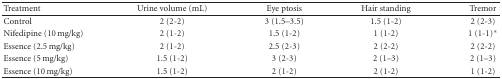
<table><thead><tr><td><b>Treatment</b></td><td><b>Urine volume (mL)</b></td><td><b>Eye ptosis</b></td><td><b>Hair standing</b></td><td><b>Tremor</b></td></tr></thead><tbody><tr><td>Control</td><td>2 (2-2)</td><td>3 (1.5–3.5)</td><td>1.5 (1-2)</td><td>2 (2-3)</td></tr><tr><td>Nifedipine (10 mg/kg)</td><td>2 (1-2)</td><td>1.5 (1-2)</td><td>1 (1-2)</td><td>1 (1-1)<sup>∗</sup></td></tr><tr><td>Essence (2.5 mg/kg)</td><td>2 (1-2)</td><td>2.5 (2-3)</td><td>2 (2-2)</td><td>2 (2-2)</td></tr><tr><td>Essence (5 mg/kg)</td><td>1.5 (1-2)</td><td>3 (2-3)</td><td>2 (1–3)</td><td>2 (1–3)</td></tr><tr><td>Essence (10 mg/kg)</td><td>1.5 (1-2)</td><td>2 (1-2)</td><td>2 (1-2)</td><td>1 (1-2)</td></tr></tbody></table>